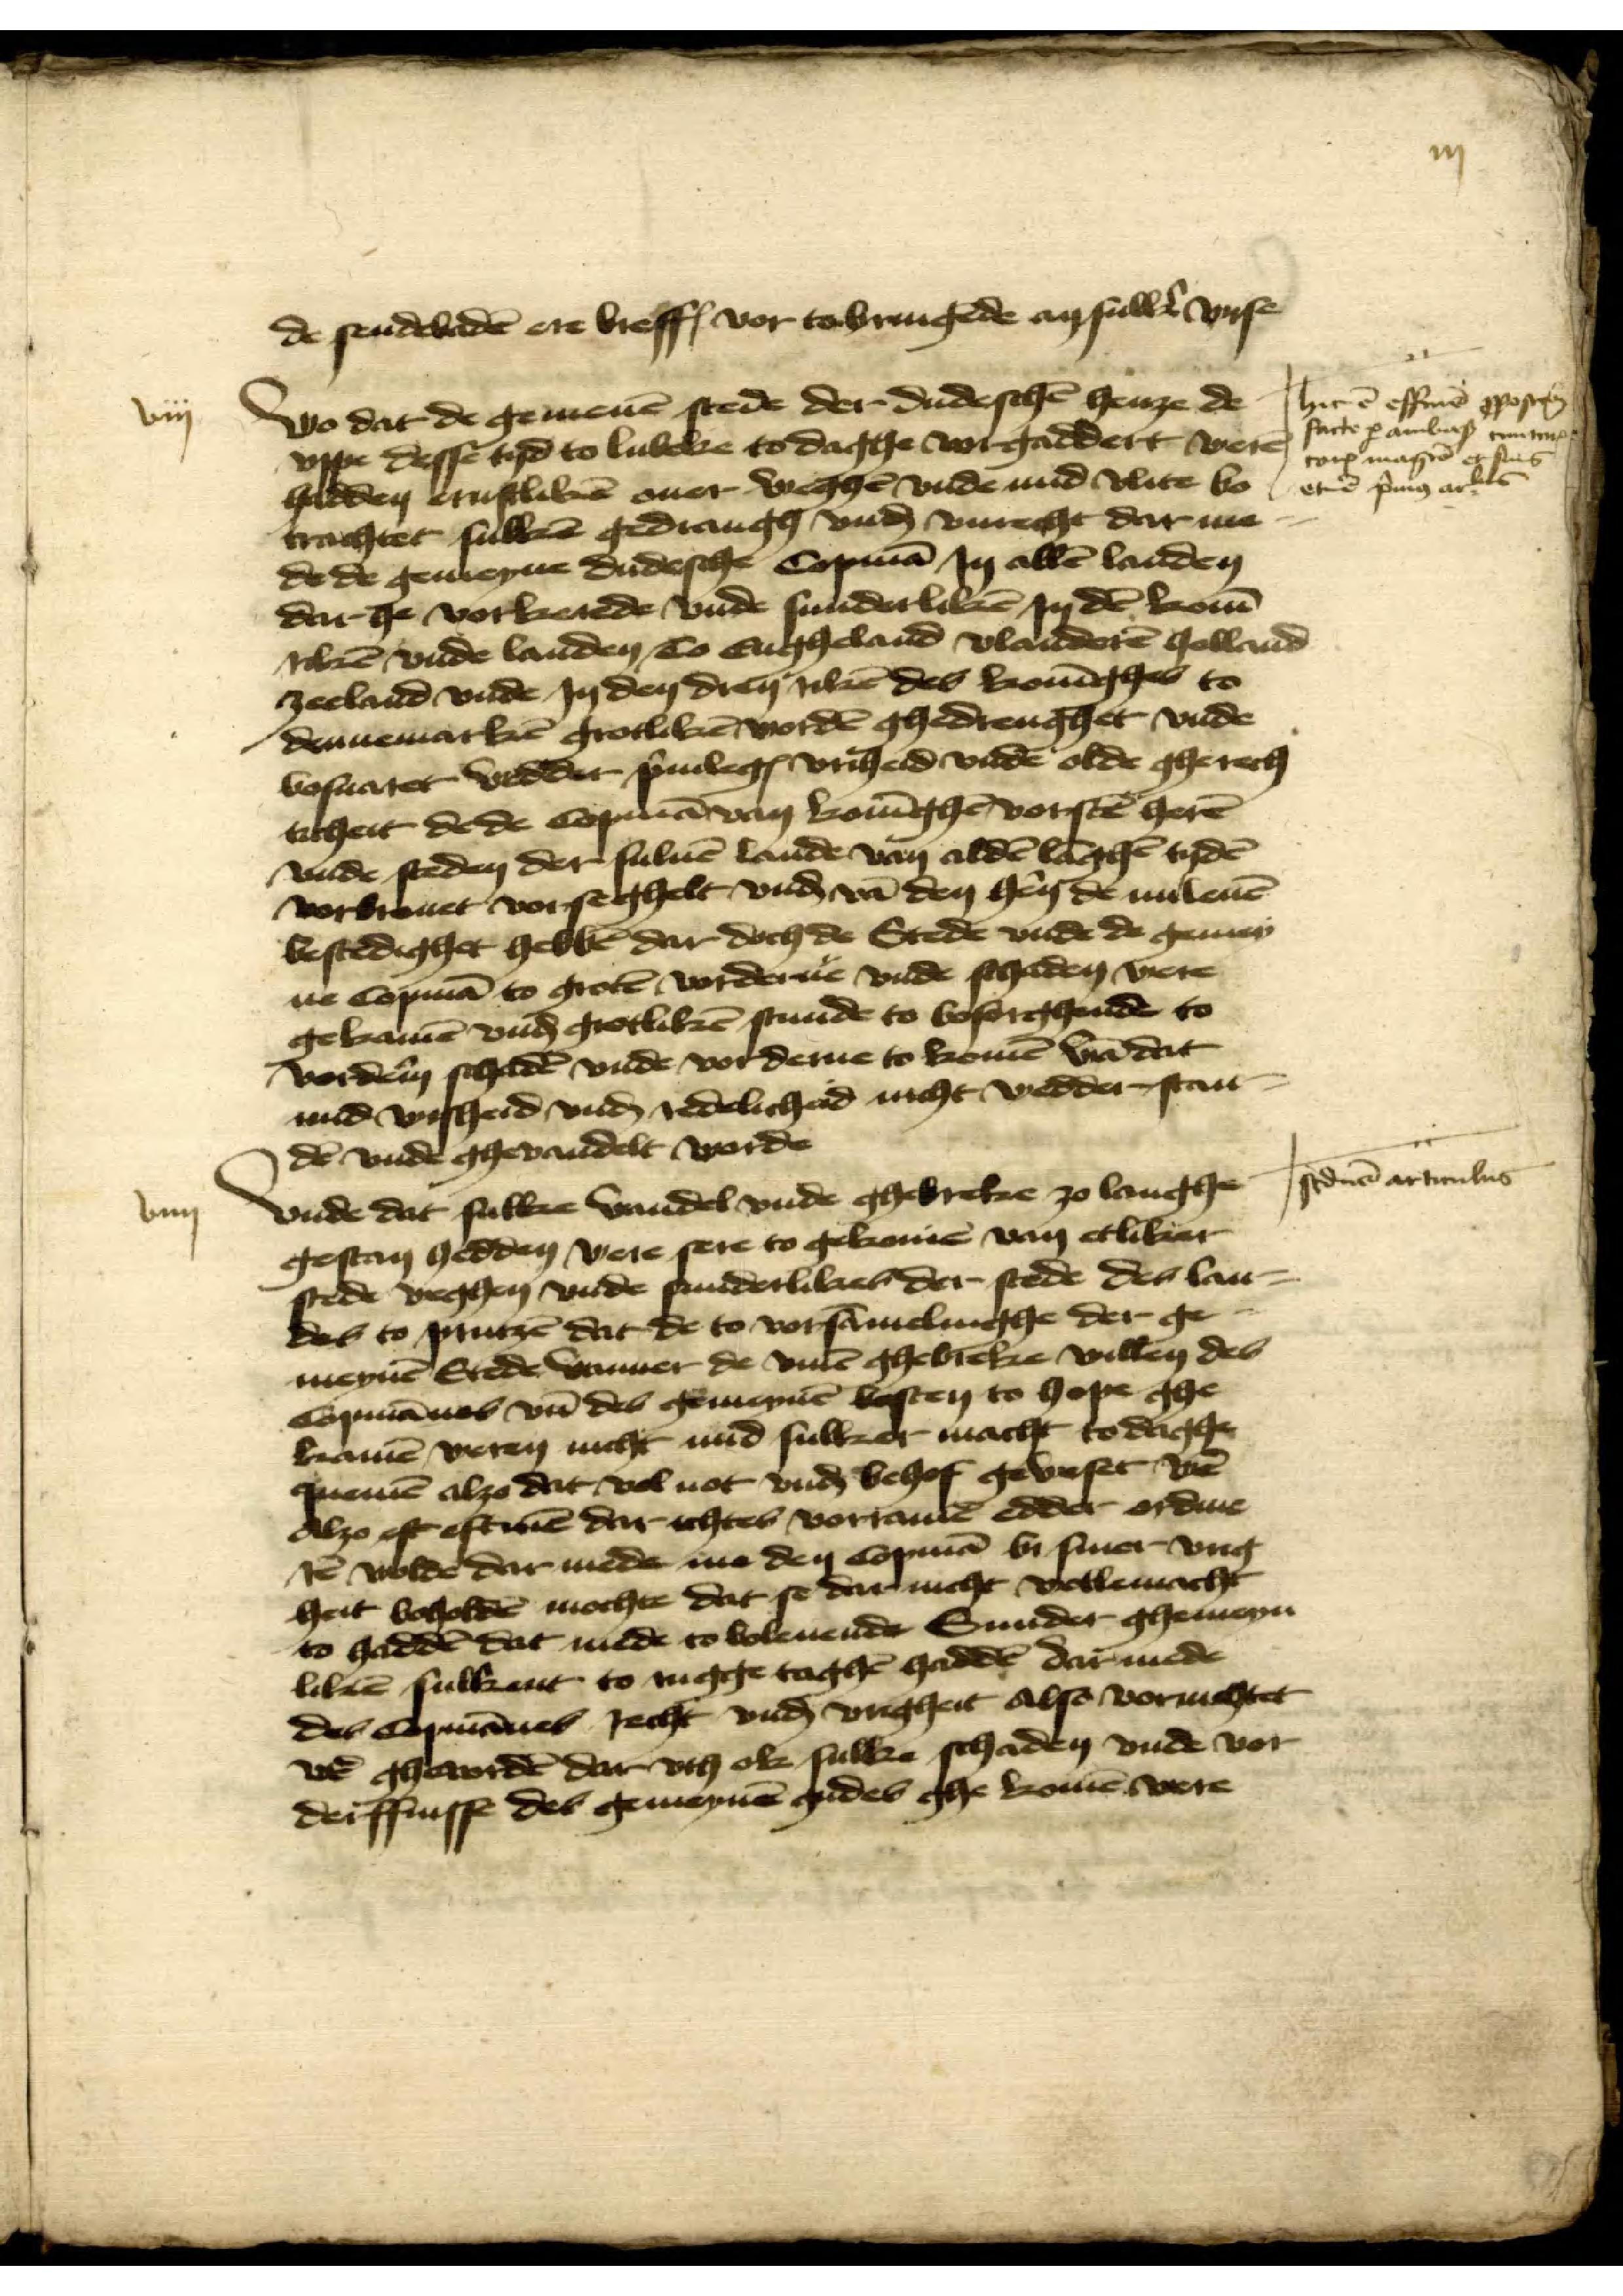
de sendebaden ere breff vor tobrengende an sulle vnse

Wo dat de gemenen stede der dudeschen henze de
vppe desse tyd to Lubeke to daghe vorgaddert veren
hadden entliken ouer weghen vnde mid vlite bo¬
trachtet sulken gedrangh vnd vnrecht dat me
dede gemeyne dudesche Copman Jn allen landen
dar he vorkerede vnde sunderliken Jn den konin¬
rike vnde landen to Engheland Vlanderen Holland
Zeeland vnde Jn den dren riken des koninghes to
Dennemarken grotliken worden ghedrenghet vnde
vosuaret wedder priuilegia vriheid vnde olde gherecht¬
ticheit de de Copman van koninghen vorscreuen heren
vnde steden der suluen lande van olden langhen tyden
vorbreuet vorseghelt vnd van den heren de nu leuen
bestedighet hebben dar doch de Stede vnde de gemei¬
ne Copman to groten vorderue vnde schaden were
gekamen vnde grotliken stunde to bosorghende to
vorderuen schaden vnde vorderue to komen van dat
mid wisheid vnd redelicheid nicht vedder stan¬
den vnde ghevandelt worde

viij

Hermen effen geschen
facte p amborg enter
tor magen ens
ete p ar

vnde dat sulke wandel vnde ghebreke zo langhe
gestan hedden were sere to gekomen van etliker
stede weghen vnde sunderlikes der stede des lan¬
des to prutzen dat de to vorsammelinghe der ge¬
meynen Stede vortmmer de vmme ghebreke willen des
Copmannes van des gemenen besten to hope ge¬
kamen weren nicht nud sulker macht to daghe
quemen alzo dat vol not vnd behoff geweset were
alzo eft eftnien dar ichtes vorramen edder ordine¬
ten wolde dar mede me den Copman bi siner vrig¬
heit voholden mochte dat se dar nicht vollemacht
to hadden dat mede to boleuende Sunder ghemeyn¬
liken sulkent to rugge toghen hadden dar mede
des copmannes recht vnd vrigheit also vorrichtet
were gheworden dar vth ok sulke schaden vnde vor¬
derffnisse des gemeynen gudes ghe komen were

stederen articulus

viiij